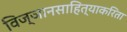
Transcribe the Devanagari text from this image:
विज्ञानसाहित्याकरिता